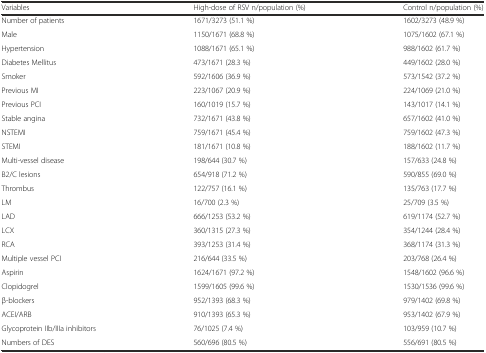
<table><thead><tr><td><b>Variables</b></td><td><b>High-dose of RSV n/population (%)</b></td><td><b>Control n/population (%)</b></td></tr></thead><tbody><tr><td>Number of patients</td><td>1671/3273 (51.1 %)</td><td>1602/3273 (48.9 %)</td></tr><tr><td>Male</td><td>1150/1671 (68.8 %)</td><td>1075/1602 (67.1 %)</td></tr><tr><td>Hypertension</td><td>1088/1671 (65.1 %)</td><td>988/1602 (61.7 %)</td></tr><tr><td>Diabetes Mellitus</td><td>473/1671 (28.3 %)</td><td>449/1602 (28.0 %)</td></tr><tr><td>Smoker</td><td>592/1606 (36.9 %)</td><td>573/1542 (37.2 %)</td></tr><tr><td>Previous MI</td><td>223/1067 (20.9 %)</td><td>224/1069 (21.0 %)</td></tr><tr><td>Previous PCI</td><td>160/1019 (15.7 %)</td><td>143/1017 (14.1 %)</td></tr><tr><td>Stable angina</td><td>732/1671 (43.8 %)</td><td>657/1602 (41.0 %)</td></tr><tr><td>NSTEMI</td><td>759/1671 (45.4 %)</td><td>759/1602 (47.3 %)</td></tr><tr><td>STEMI</td><td>181/1671 (10.8 %)</td><td>188/1602 (11.7 %)</td></tr><tr><td>Multi-vessel disease</td><td>198/644 (30.7 %)</td><td>157/633 (24.8 %)</td></tr><tr><td>B2/C lesions</td><td>654/918 (71.2 %)</td><td>590/855 (69.0 %)</td></tr><tr><td>Thrombus</td><td>122/757 (16.1 %)</td><td>135/763 (17.7 %)</td></tr><tr><td>LM</td><td>16/700 (2.3 %)</td><td>25/709 (3.5 %)</td></tr><tr><td>LAD</td><td>666/1253 (53.2 %)</td><td>619/1174 (52.7 %)</td></tr><tr><td>LCX</td><td>360/1315 (27.3 %)</td><td>354/1244 (28.4 %)</td></tr><tr><td>RCA</td><td>393/1253 (31.4 %)</td><td>368/1174 (31.3 %)</td></tr><tr><td>Multiple vessel PCI</td><td>216/644 (33.5 %)</td><td>203/768 (26.4 %)</td></tr><tr><td>Aspirin</td><td>1624/1671 (97.2 %)</td><td>1548/1602 (96.6 %)</td></tr><tr><td>Clopidogrel</td><td>1599/1605 (99.6 %)</td><td>1530/1536 (99.6 %)</td></tr><tr><td>β-blockers</td><td>952/1393 (68.3 %)</td><td>979/1402 (69.8 %)</td></tr><tr><td>ACEI/ARB</td><td>910/1393 (65.3 %)</td><td>953/1402 (67.9 %)</td></tr><tr><td>Glycoprotein IIb/IIIa inhibitors</td><td>76/1025 (7.4 %)</td><td>103/959 (10.7 %)</td></tr><tr><td>Numbers of DES</td><td>560/696 (80.5 %)</td><td>556/691 (80.5 %)</td></tr></tbody></table>